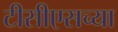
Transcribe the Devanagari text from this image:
टीसीएसच्या